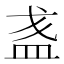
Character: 𥁘